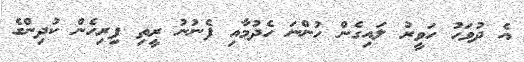
އެ ދުވަހު ހަވީރު ލައިގެން ހުންނަ ހެދުމާއި ފެނުނު ރީތި ފިރިހެން ކުދިންގެ